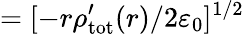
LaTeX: =[-r\rho{}_{\mathrm{tot}}^{\prime}(r)/2\varepsilon_{0}]^{1/2}